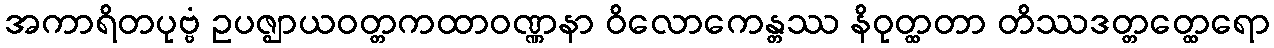
အကာရိတပုဗ္ဗံ ဥပဇ္ဈာယဝတ္တကထာဝဏ္ဏနာ ဝိလောကေန္တဿ နိဝုတ္ထတာ တိဿဒတ္တတ္ထေရော